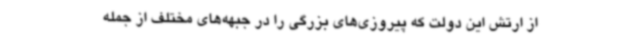
از ارتش این دولت که پیروزی‌های بزرگی را در جبهه‌های مختلف از جمله